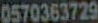
0570363729